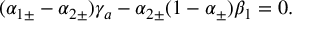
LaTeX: ( \alpha _ { 1 \pm } - \alpha _ { 2 \pm } ) \gamma _ { a } - \alpha _ { 2 \pm } ( 1 - \alpha _ { \pm } ) \beta _ { 1 } = 0 .